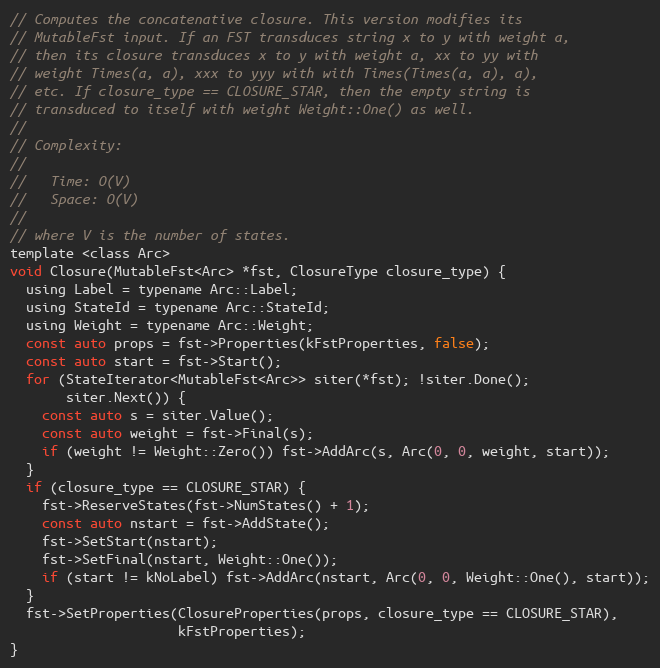
Language: C
// Computes the concatenative closure. This version modifies its
// MutableFst input. If an FST transduces string x to y with weight a,
// then its closure transduces x to y with weight a, xx to yy with
// weight Times(a, a), xxx to yyy with with Times(Times(a, a), a),
// etc. If closure_type == CLOSURE_STAR, then the empty string is
// transduced to itself with weight Weight::One() as well.
//
// Complexity:
//
//   Time: O(V)
//   Space: O(V)
//
// where V is the number of states.
template <class Arc>
void Closure(MutableFst<Arc> *fst, ClosureType closure_type) {
  using Label = typename Arc::Label;
  using StateId = typename Arc::StateId;
  using Weight = typename Arc::Weight;
  const auto props = fst->Properties(kFstProperties, false);
  const auto start = fst->Start();
  for (StateIterator<MutableFst<Arc>> siter(*fst); !siter.Done();
       siter.Next()) {
    const auto s = siter.Value();
    const auto weight = fst->Final(s);
    if (weight != Weight::Zero()) fst->AddArc(s, Arc(0, 0, weight, start));
  }
  if (closure_type == CLOSURE_STAR) {
    fst->ReserveStates(fst->NumStates() + 1);
    const auto nstart = fst->AddState();
    fst->SetStart(nstart);
    fst->SetFinal(nstart, Weight::One());
    if (start != kNoLabel) fst->AddArc(nstart, Arc(0, 0, Weight::One(), start));
  }
  fst->SetProperties(ClosureProperties(props, closure_type == CLOSURE_STAR),
                     kFstProperties);
}